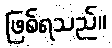
ဖြစ်ရသည်။